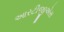
આરટીજીએસ